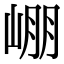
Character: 𡹔